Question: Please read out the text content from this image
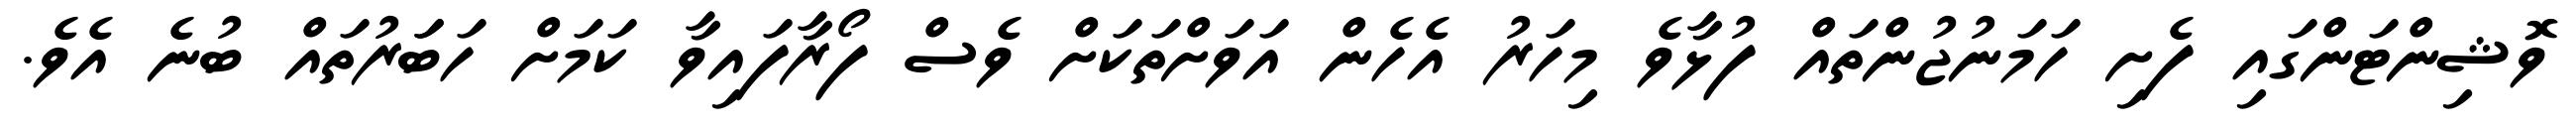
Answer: ވޮޝިންޓަންގައި ފެށި ހަމަނުޖުންތައް ފުޅާވެ މިހަރު އެހެން އަވަށްތަކަށް ވެސް ފޯރާފައިވާ ކަމަށް ހަބަަރުތައް ބުނެ އެވެ.